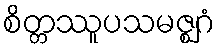
စိတ္တဿူပသမဇ္ဈဂံ